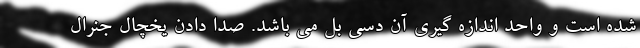
شده است و واحد اندازه گیری آن دسی بل می باشد. صدا دادن یخچال جنرال